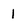
Character: 1